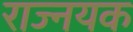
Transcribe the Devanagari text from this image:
राज्नयक